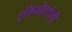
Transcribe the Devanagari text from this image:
ट्रकियोस्टोमी